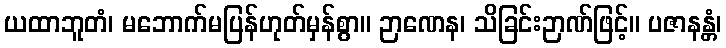
ယထာဘူတံ၊ မဘောက်မပြန်ဟုတ်မှန်စွာ။ ဉာဏေန၊ သိခြင်းဉာဏ်ဖြင့်။ ပဇာနန္တံ၊